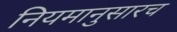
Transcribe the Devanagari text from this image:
नियमानुसारच